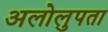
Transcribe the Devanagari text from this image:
अलोलुपता